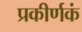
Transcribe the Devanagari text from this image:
प्रकीर्णकं